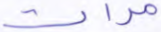
مرات